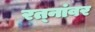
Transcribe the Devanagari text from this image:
रत्‍नांवर